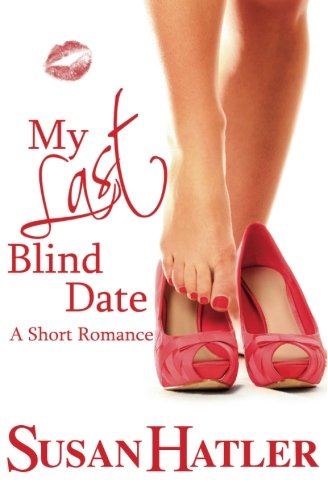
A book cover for My Last Blind Date; Susan Hatler; Romance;